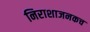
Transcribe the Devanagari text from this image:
निराशाजनकच